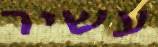
עשיר